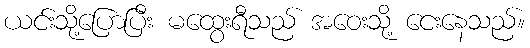
ယင်းသို့ပြောပြီး မထွေးရီသည် အဝေးသို့ ငေးနေသည်။